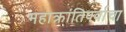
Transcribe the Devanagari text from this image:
महाक्रांतिपर्वाचा